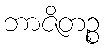
ဘာဇိတဉ္စ